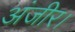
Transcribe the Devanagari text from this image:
अंजीर।